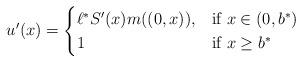
LaTeX: \begin{align*}\begin{aligned}u'(x)&= \begin{cases}\ell^\ast S'(x)m((0,x)), & \mbox{if $x\in(0,b^*)$}\\1 & \mbox{if $x\geq b^*$}\end{cases}\end{aligned}\end{align*}